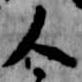
人